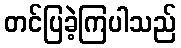
တင်ပြခဲ့ကြပါသည်